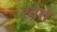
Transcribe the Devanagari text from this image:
स्वेत्ते